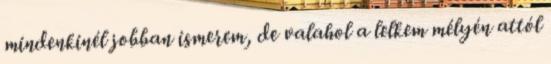
mindenkinél jobban ismerem, de valahol a lelkem mélyén attól